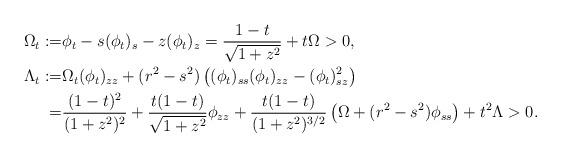
LaTeX: \begin{align*}\Omega_t:=&\phi_t-s(\phi_t)_s-z(\phi_t)_z=\frac{1-t}{\sqrt{1+z^2}}+t\Omega>0,\\\Lambda_t:=&\Omega_t(\phi_t)_ {zz}+(r^2-s^2)\left((\phi_t)_{ss}(\phi_t)_{zz}-(\phi_t)^2_{sz}\right)\\=&\frac{(1-t)^2}{(1+z^2)^2}+\frac{t(1-t)}{\sqrt{1+z^2}}\phi_{zz}+\frac{t(1-t)}{(1+z^2)^{3/2}}\left(\Omega+(r^2-s^2)\phi_{ss}\right)+t^2\Lambda>0.\end{align*}